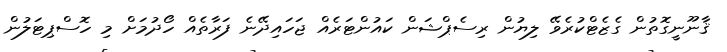
ޤާނޫނީގޮތުން ގެޒެޓްކުރެވޭ ލިޔުން ރިސެޕްޝަން ކައުންޓަރެއް ޖަހައިދޭނެ ފަރާތެއް ހޯދުމަށް މި ހޮސްޕިޓަލުން